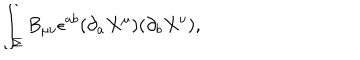
\int _ { \Sigma } B _ { \mu \nu } \epsilon ^ { a b } ( \partial _ { a } X ^ { \mu } ) ( \partial _ { b } X ^ { \nu } ) ,